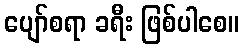
ပျော်စရာ ခရီး ဖြစ်ပါစေ။